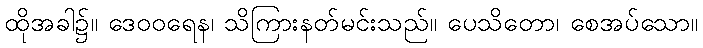
ထိုအခါ၌။ ဒေဝဝရေန၊ သိကြားနတ်မင်းသည်။ ပေသိတော၊ စေအပ်သော။